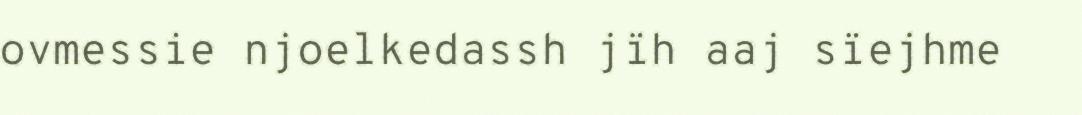
ovmessie njoelkedassh jïh aaj sïejhme